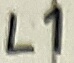
Text: L1